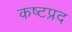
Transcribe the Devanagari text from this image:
कष्‍टप्रद